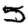
Digit: 5